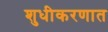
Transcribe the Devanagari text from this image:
शुधीकरणात